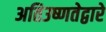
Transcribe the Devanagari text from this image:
अतिउष्णतेद्वारे